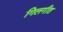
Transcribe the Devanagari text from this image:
गिलगीत